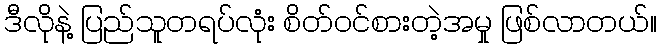
ဒီလိုနဲ့ ပြည်သူတရပ်လုံး စိတ်ဝင်စားတဲ့အမှု ဖြစ်လာတယ်။